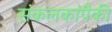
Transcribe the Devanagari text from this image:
संकलकांपैकी